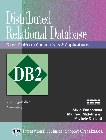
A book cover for Distributed Relational Database (IBM Books); Silvio Podcameni; Computers & Technology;